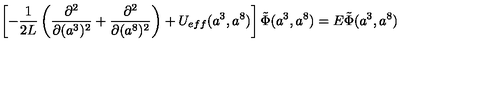
\left[ - \frac { 1 } { 2 L } \left( \frac { \partial ^ { 2 } } { \partial ( a ^ { 3 } ) ^ { 2 } } + \frac { \partial ^ { 2 } } { \partial ( a ^ { 8 } ) ^ { 2 } } \right) + U _ { e f f } ( a ^ { 3 } , a ^ { 8 } ) \right] \tilde { \Phi } ( a ^ { 3 } , a ^ { 8 } ) = E \tilde { \Phi } ( a ^ { 3 } , a ^ { 8 } )